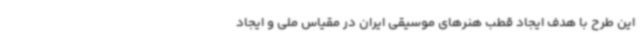
این طرح با هدف ایجاد قطب هنرهای موسیقی ایران در مقیاس ملی و ایجاد